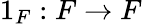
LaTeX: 1_{F}:F\to F